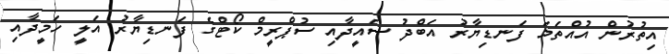
އިތުރުން އުއްތަމަ ފަނޑިޔާރު އަބްދު ސައީދާއި ސުޕްރީމް ކޯޓްގެ ފަނޑިޔާރު އަލީ ހަމީދާއި